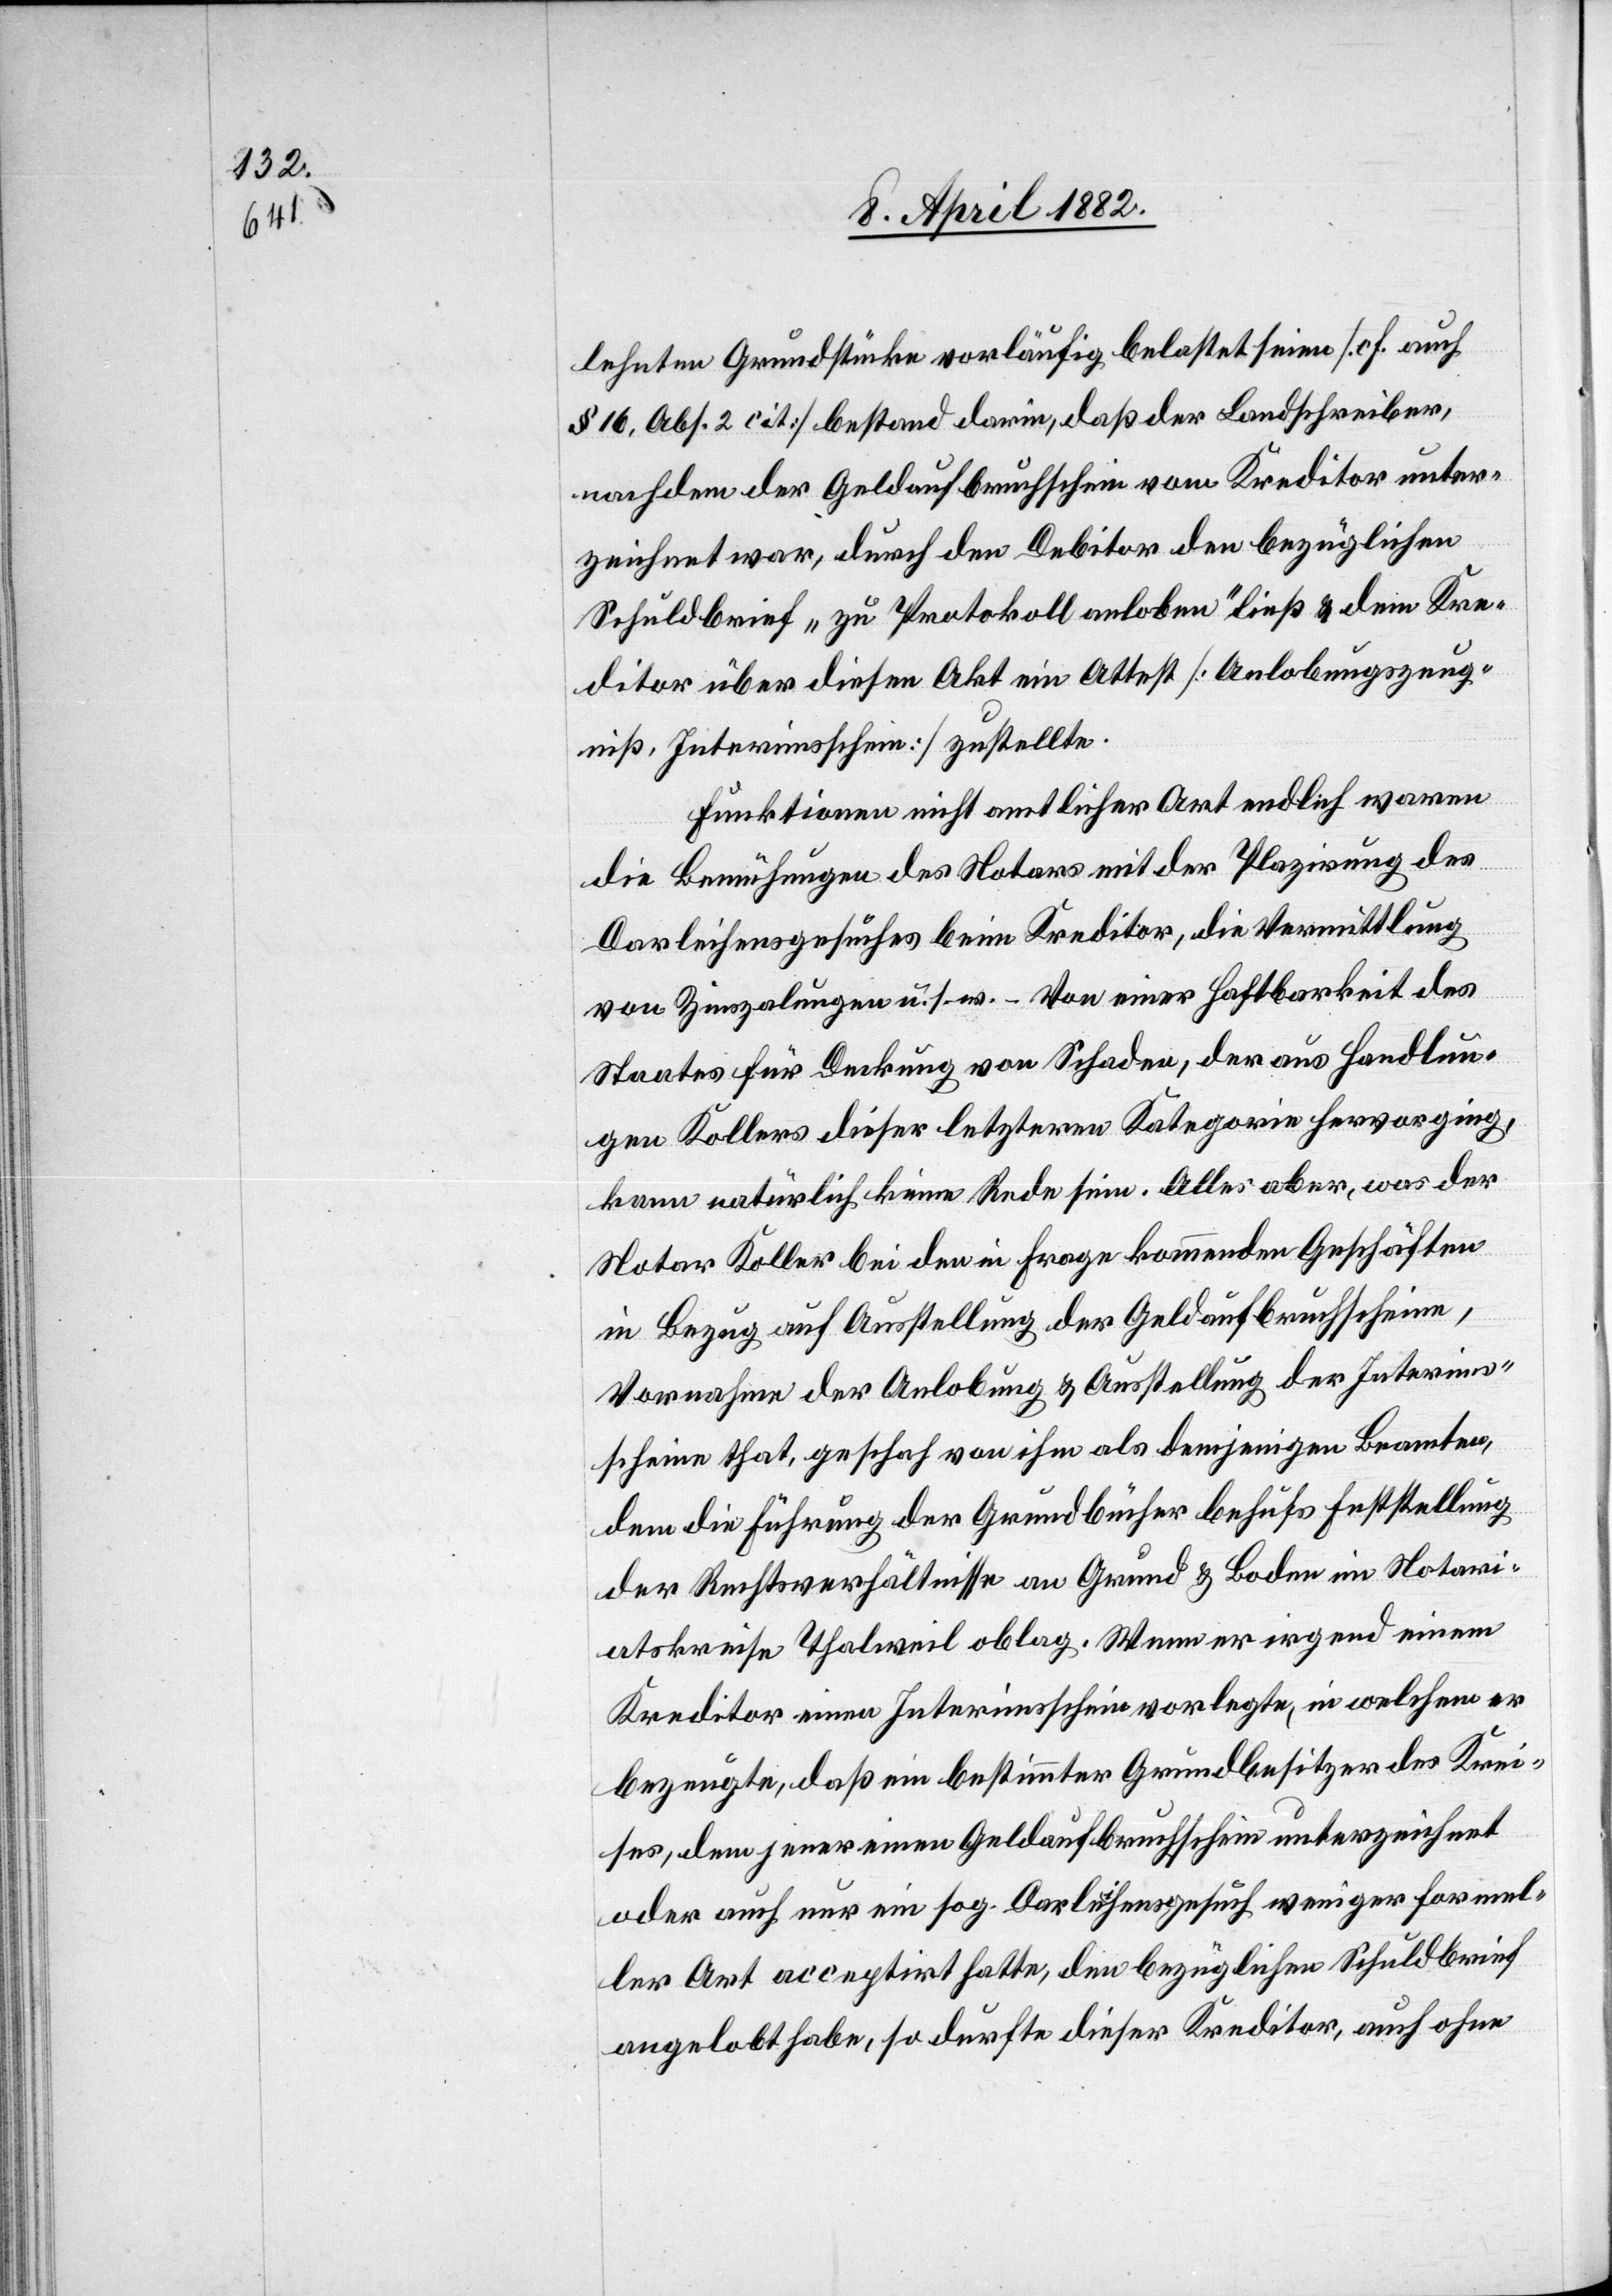
lehnten Grundstücke vorläufig belastet seien [cf. auch
§ 16, Abs. 2 cit] bestand darin, daß der Landschreiber,
nachdem der Geldaufbruchschein vom Kreditor unter¬
zeichnet war, durch den Debitor den bezüglichen
Schuldbrief „zu Protokoll anloben“ ließ & dem Kre¬
ditor über diesen Akt ein Attest [Anlobungszeug¬
niß, Interimsschein] zustellte.
Funktionen nicht amtlicher Art endlich waren
die Bemühungen des Notars mit der Plazirung des
Darleihensgesuches beim Kreditor, die Vermittlung
von Zinszalungen u. s. w. – Von einer Haftbarkeit des
Staates für Deckung von Schaden, der aus Handlun¬
gen Kollers dieser letzteren Kategorie hervorging,
kann natürlich keine Rede sein. Alles aber, was der
Notar Koller bei den in Frage kommenden Geschäften
in Bezug auf Ausstellung der Geldaufbruchscheine,
Vornahme der Anlobung & Ausstellung der Interims¬
scheine that, geschah von ihm als demjenigen Beamten,
dem die Führung der Grundbücher behufs Feststellung
der Rechtsverhältnisse an Grund & Boden im Notari¬
atskreise Thalweil oblag. Wenn er irgend einem
Kreditor einen Interimsschein vorlegte, in welchem er
bezeugte, daß ein bestimmter Grundbesitzer des Krei¬
ses, dem jener einen Geldaufbruchschein unterzeichnet
oder auch nur ein sog. Darleihensgesuch weniger formel¬
ler Art acceptirt hatte, den bezüglichen Schuldbrief
angelobt habe, so durfte dieser Kreditor, auch ohne